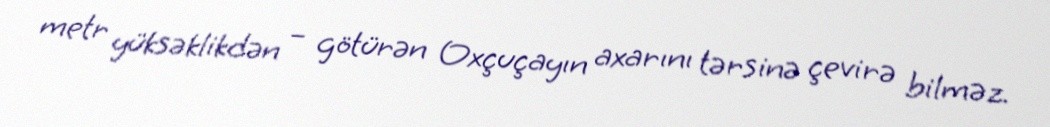
metr yüksəklikdən – götürən Oxçuçayın axarını tərsinə çevirə bilməz.